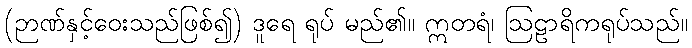
(ဉာဏ်နှင့်ဝေးသည်ဖြစ်၍) ဒူရေ ရုပ် မည်၏။ ဣတရံ၊ ဩဠာရိကရုပ်သည်။